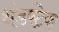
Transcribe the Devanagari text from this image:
थंडरटेक